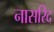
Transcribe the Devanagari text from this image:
नासरिद